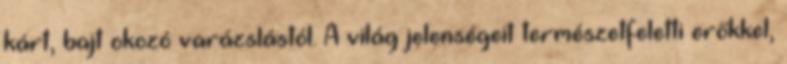
kárt, bajt okozó varázslástól. A világ jelenségeit természetfeletti erőkkel,